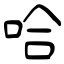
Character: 哈